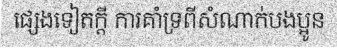
ផ្សេងទៀតក្តី ការគាំទ្រពីសំណាក់បងប្អូន